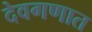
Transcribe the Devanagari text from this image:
देवगणात